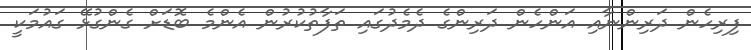
ފިރިހެން ދަރިންނާއި އަންހެން ދަރިންގެ ދެމެދުގައި ތަފާތުކުރުން އެންމެ ބޮޑަށް ގެންގުޅޭ ގައުމަކީ